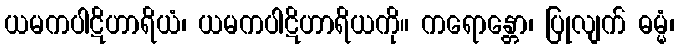
ယမကပါဋိဟာရိယံ၊ ယမကပါဋိဟာရိယကို။ ကရောန္တော၊ ပြုလျက် ဓမ္မံ၊